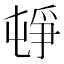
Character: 𡴣